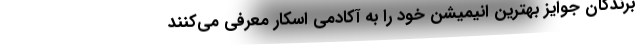
برندگان جوایز بهترین انیمیشن خود را به آکادمی اسکار معرفی می‌کنند